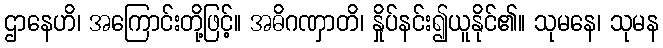
ဌာနေဟိ၊ အကြောင်းတို့ဖြင့်။ အဓိဂဏှာတိ၊ နှိုပ်နင်း၍ယူနိုင်၏။ သုမနေ၊ သုမန